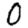
Digit: 0